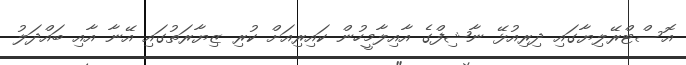
އޮސްޓްރޭލިޔާގައި ދިރިއުޅޭ ނާޝިފްގެ އާއިލާމީހުން ކައިރިއަށް ކުރި ޒިޔާރަތުގައި އޭނާ އާއި ބައްދަލު